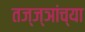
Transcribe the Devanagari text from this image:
तज्ज्ञांच्‍या